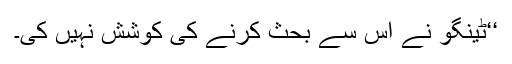
‘‘ٹینگو نے اس سے بحث کرنے کی کوشش نہیں کی۔